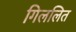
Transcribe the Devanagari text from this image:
गिललित